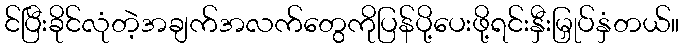
င်ပြီးခိုင်လုံတဲ့အချက်အလက်တွေကိုပြန်ပို့ပေးဖို့ရင်းနှီးမြှုပ်နှံတယ်။